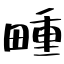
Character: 畽